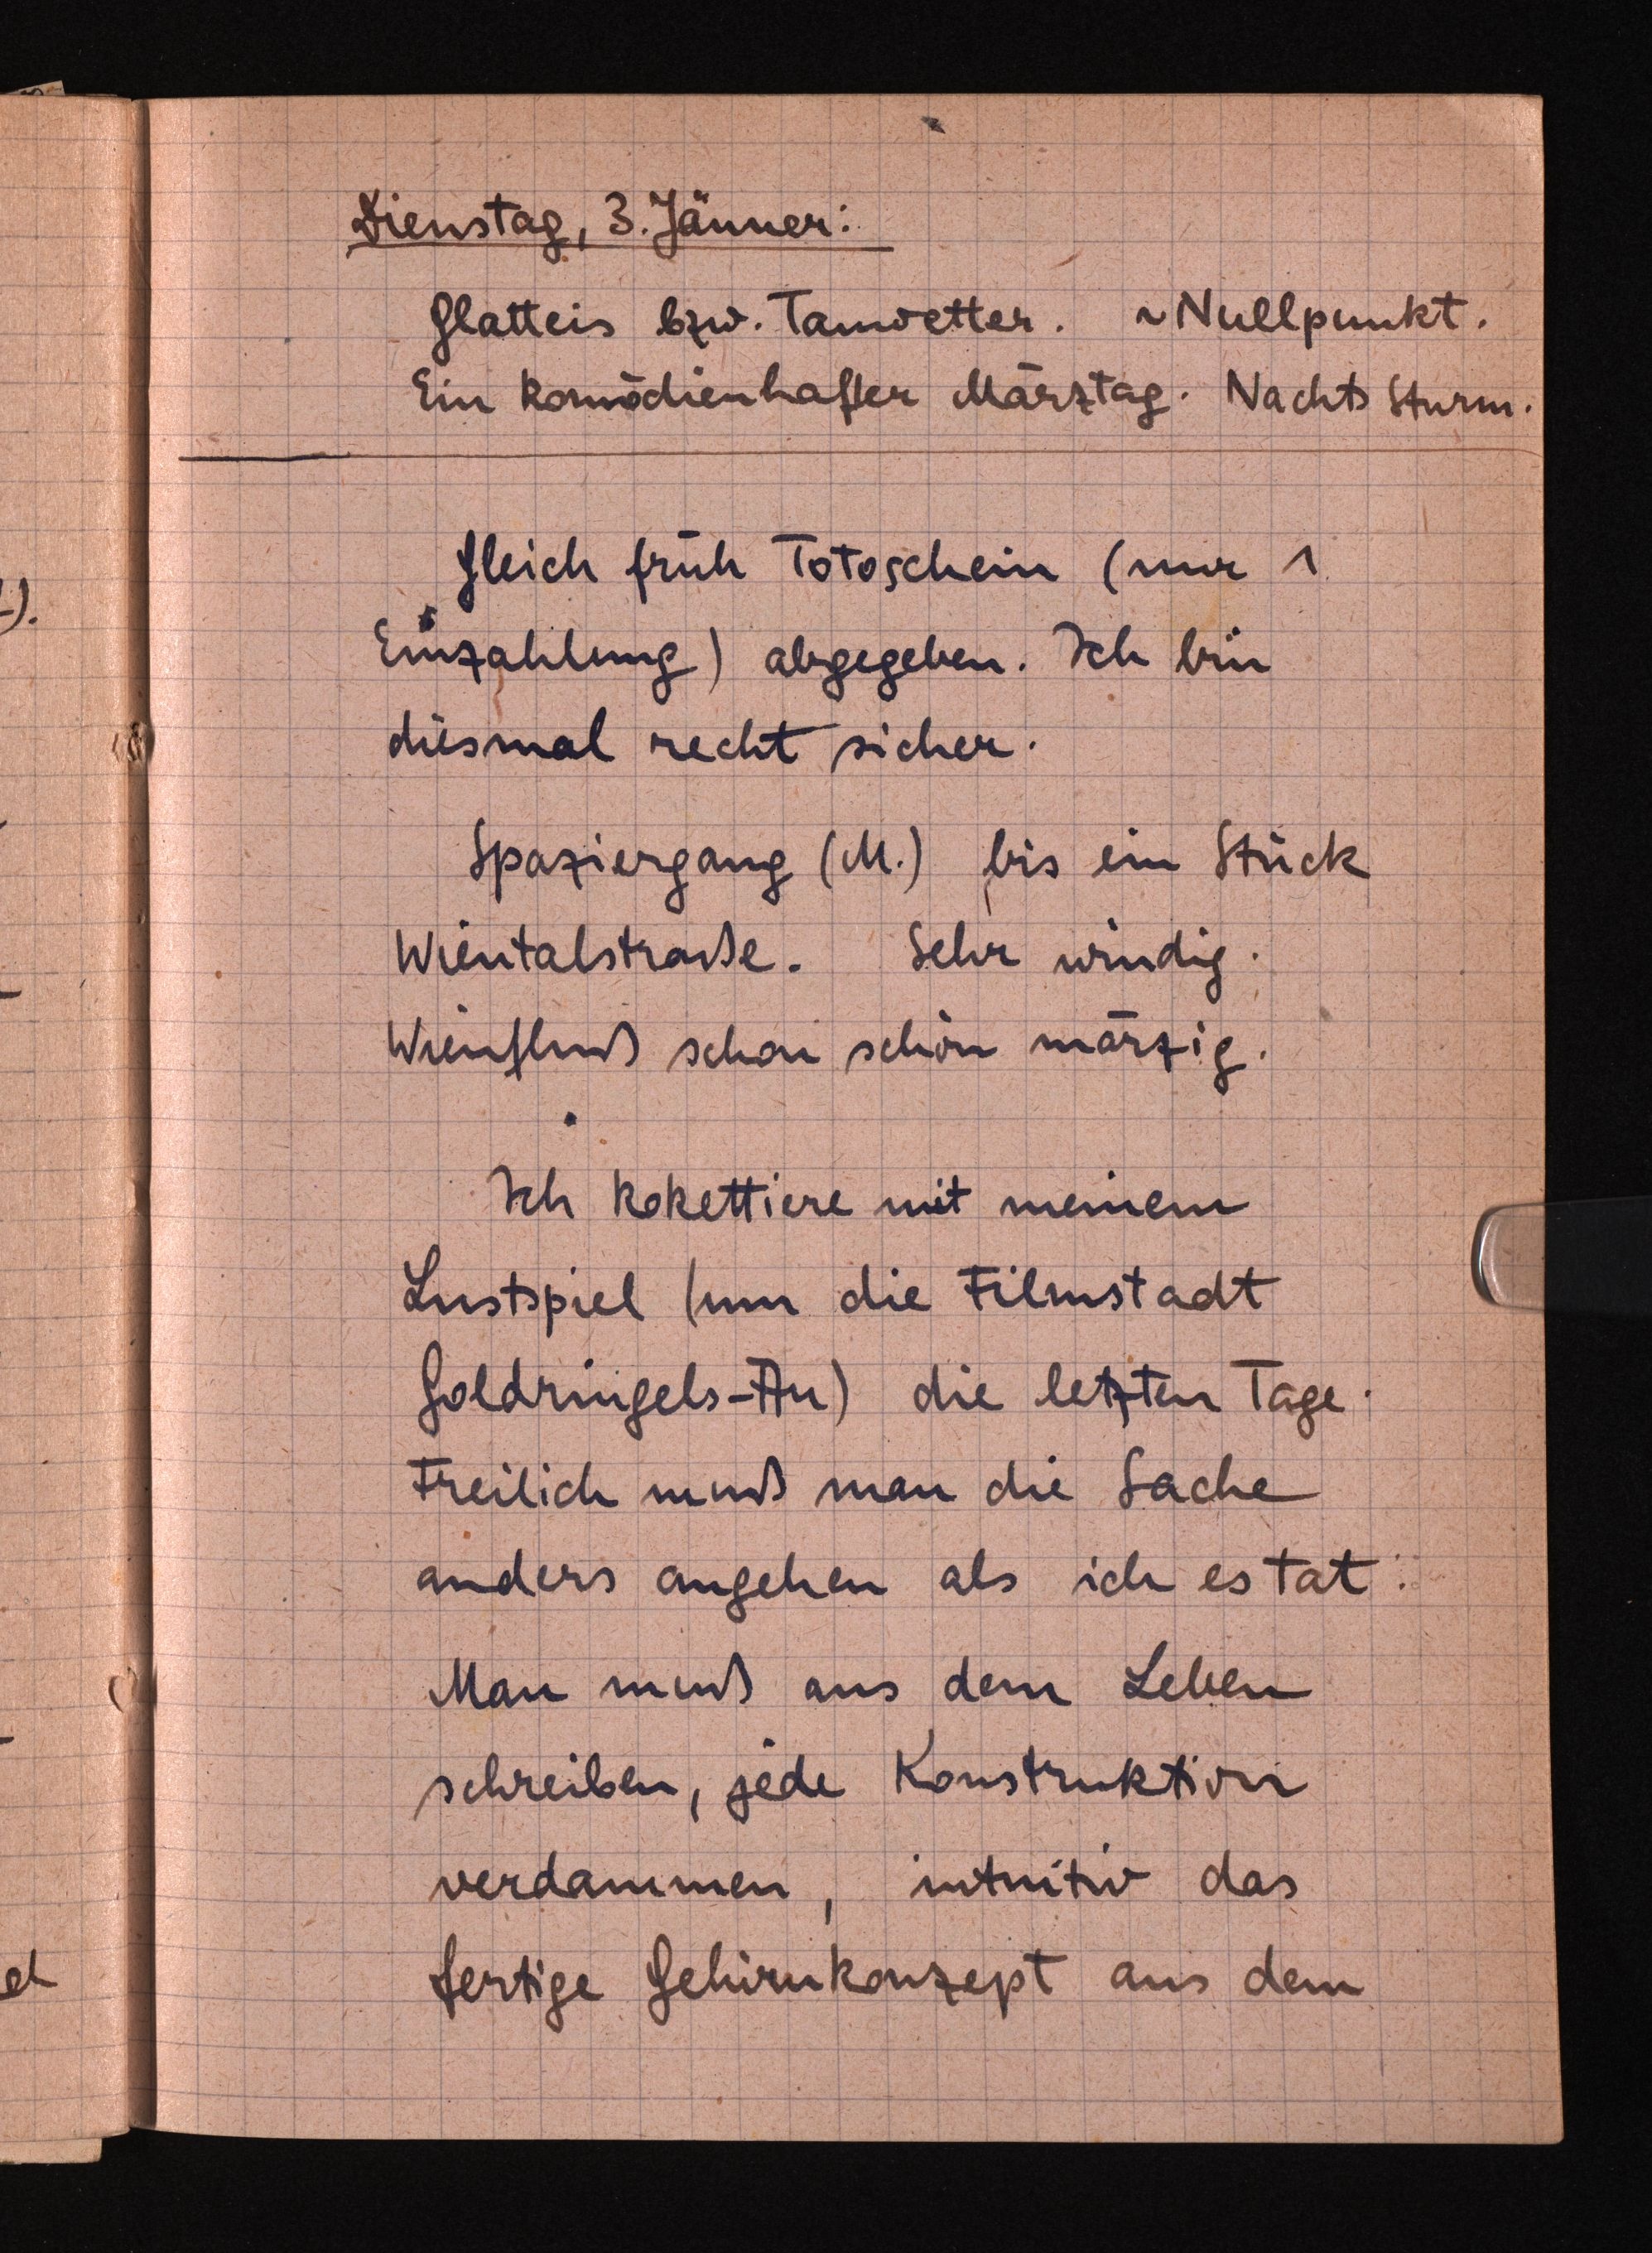
Dienstag, 3. Jänner:
Glatteis bzw. Tauwetter. "Nullpunkt.
Ein komödienhafter Märztag. Nachts Stürm.
Gleich früh Totoschein (nur 1.
Einzahlung) abgegeben. Ich bin
diesmal recht sicher.
Spaziergang (M.) bis ein Stück
Wientalstraße. Sehr windig.
Wienfluß schon schon marzig.
Ich kokettiere mit meinem
Lustspiel (um die Filmstadt
Goldringels-An) die letzten Tage:
Freilich muß man die Sache
anders angehen als ich es tat.
Man muß aus dem Leben
schreiben, jede Konstruktivn
verdammen, mtnitiv das
fertige Gehirnkonzept aus dem